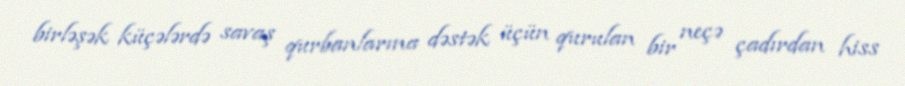
birləşək küçələrdə savaş qurbanlarına dəstək üçün qurulan bir neçə çadırdan hiss